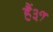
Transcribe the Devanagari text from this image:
हैं३१